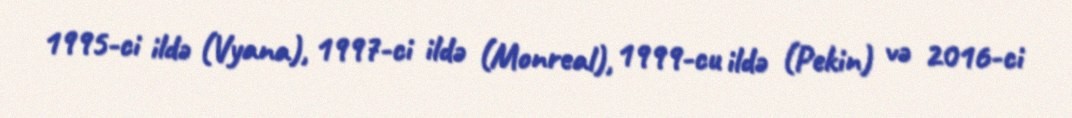
1995-ci ildə (Vyana), 1997-ci ildə (Monreal), 1999-cu ildə (Pekin) və 2016-ci